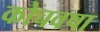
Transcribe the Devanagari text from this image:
कोचवषा